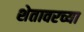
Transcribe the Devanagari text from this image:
शेतावरच्या